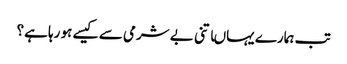
تب ہمارے یہاںاتنی بے شرمی سے کیسے ہو رہا ہے؟